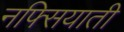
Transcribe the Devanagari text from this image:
नफ्सियाती